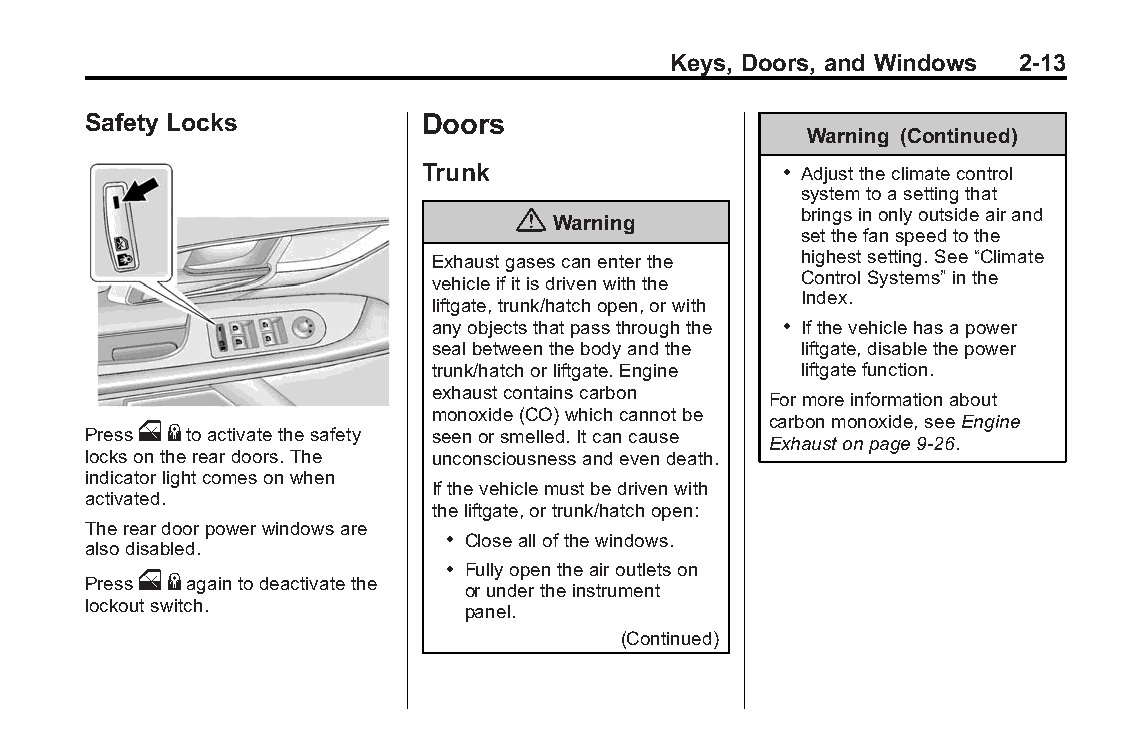
Buick LaCrosse Owner Manual (GMNA-Localizing-U.S./Canada/Mexico- Blackplate(13,1)
 6043609)-2014-2ndEdition-10/24/13
 Keys, Doors, and Windows 2-13
 Safety Locks           Doors
 Warning (Continued)
 Trunk                   . Adjusttheclimatecontrol
 systemtoasettingthat
 {                  bringsinonlyoutsideairand
 Warning
 setthefanspeedtothe
 Exhaustgasescanenterthe  highestsetting.See“Climate
 ControlSystems”inthe
 vehicleifitisdrivenwiththe
 Index.
 liftgate,trunk/hatchopen,orwith
 anyobjectsthatpassthroughthe . Ifthevehiclehasapower
 sealbetweenthebodyandthe liftgate,disablethepower
 trunk/hatchorliftgate.Engine liftgatefunction.
 exhaustcontainscarbon
 Formoreinformationabout
 monoxide(CO)whichcannotbe
 carbonmonoxide,seeEngine
 Presso{toactivatethesafety seenorsmelled.Itcancause
 Exhaustonpage9-26.
 locksonthereardoors.The unconsciousnessandevendeath.
 indicatorlightcomesonwhen
 Ifthevehiclemustbedrivenwith
 activated.
 theliftgate,ortrunk/hatchopen:
 Thereardoorpowerwindowsare
 . Closeallofthewindows.
 alsodisabled.
 . Fullyopentheairoutletson
 Presso{againtodeactivatethe
 orundertheinstrument
 lockoutswitch.           panel.
 (Continued)